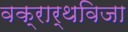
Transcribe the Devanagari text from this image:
वक्रार्थविजा